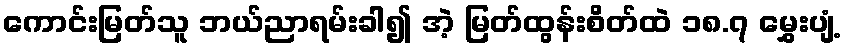
ကောင်းမြတ်သူ ဘယ်ညာရမ်းခါ၍ အဲ့ မြတ်ထွန်းစိတ်ထဲ ၁၈.၇ မွှေးပျံ့